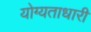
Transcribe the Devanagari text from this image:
योग्यताधारी